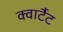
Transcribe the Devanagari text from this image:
क्वार्टैट